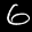
Label: 6